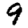
Digit: 9